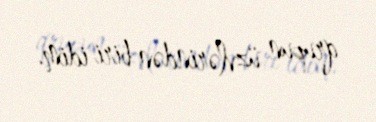
qrupun üzvlərindən biri idim.